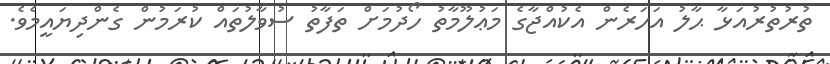
ތުރުތުރުއަޅާ ޙާލު އަހަރެން އެކުއްޖާގެ މަޢުލޫމާތު ހޯދުމަށް ތަފާތު ސުވާލުތައް ކުރަމުން ގެންދިޔައީމެވެ.